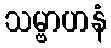
သမ္ဗာဟနံ